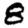
Digit: 8